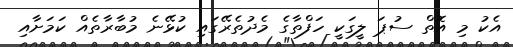
އެކު މި އޮތް ސުޕަ ލީގަކީ ހަފްތާގެ މެދުތެރޭގައި ކުޅޭނެ މުބާރާތެއް ކަަމަށާއި